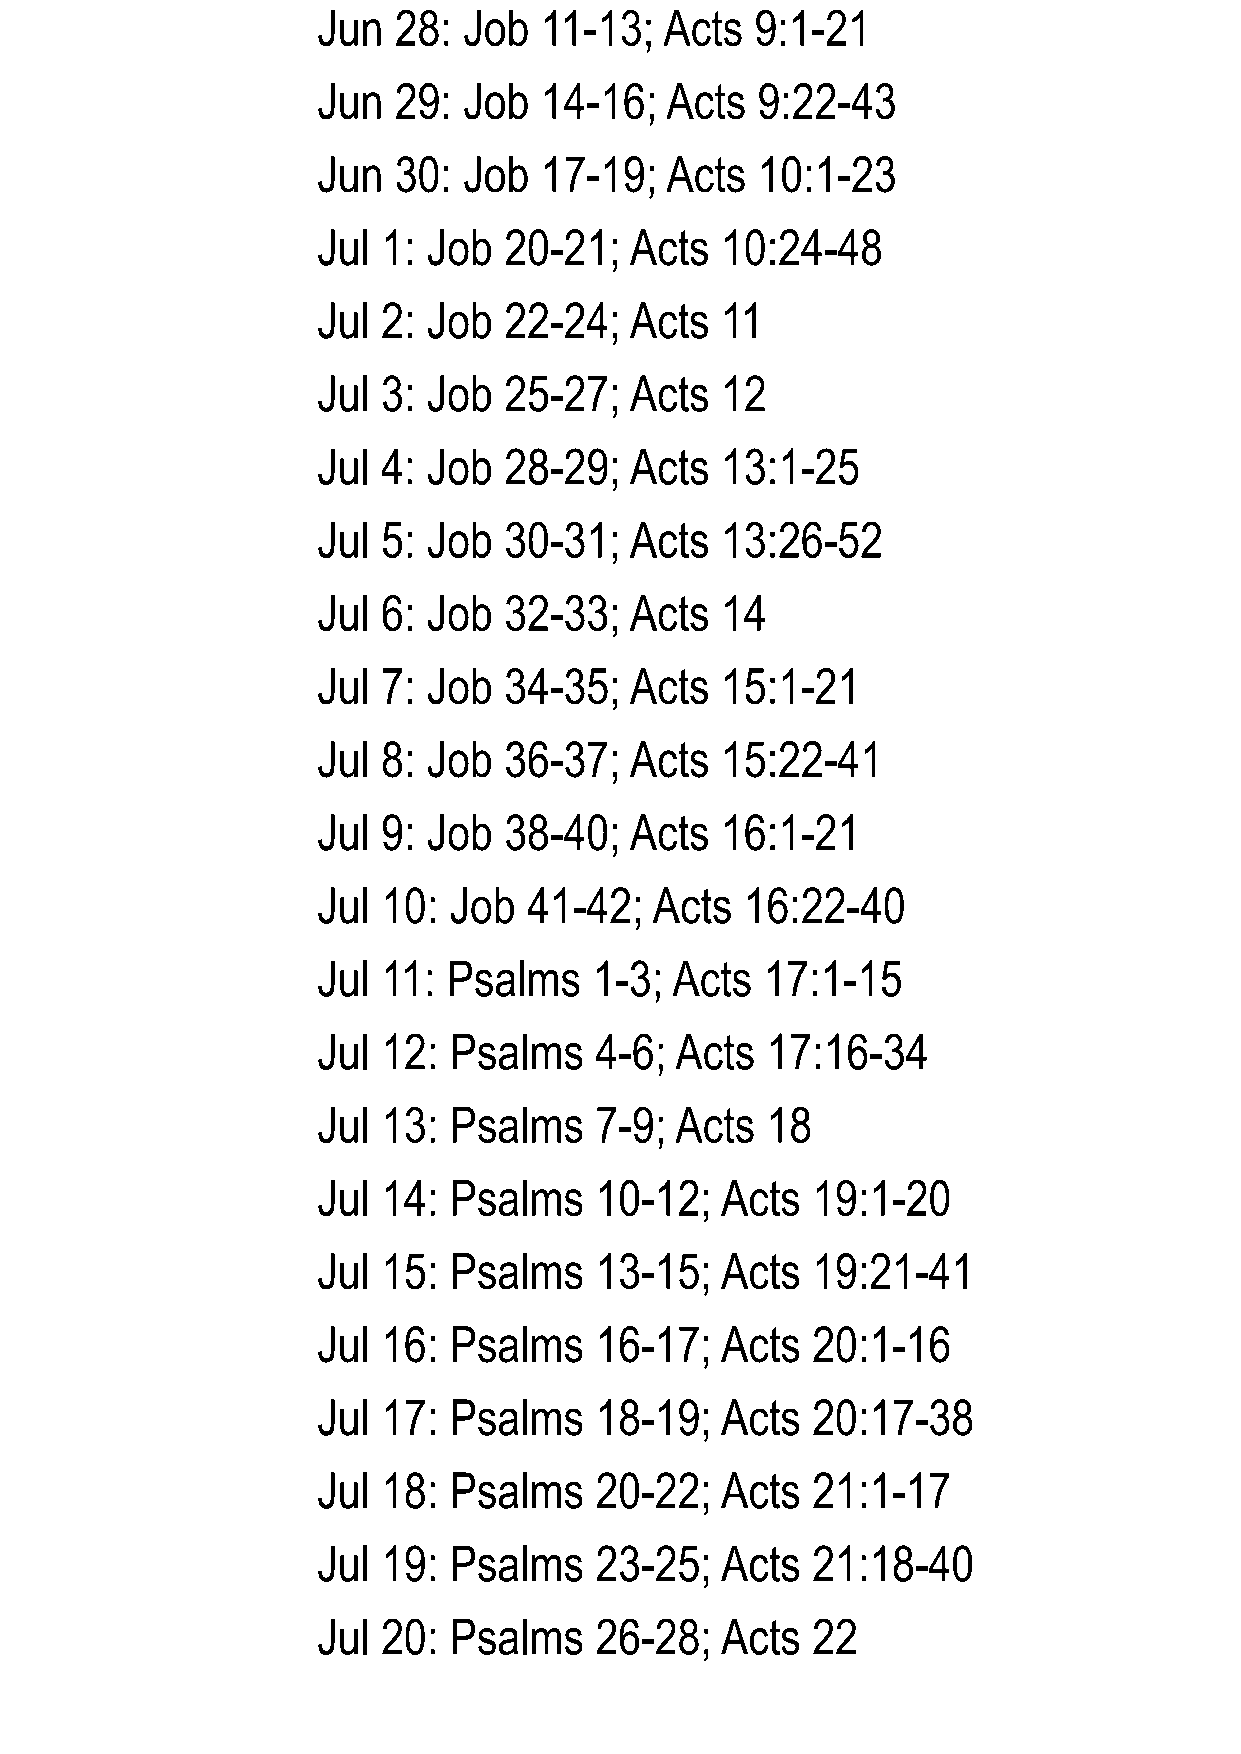
Jun  28:  Job  11-13;  Acts  9:1-21
 Jun  29:  Job  14-16;  Acts  9:22-43
 Jun  30:  Job  17-19;  Acts  10:1-23
 Jul 1: Job  20-21;   Acts  10:24-48
 Jul 2: Job  22-24;   Acts  11
 Jul 3: Job  25-27;   Acts  12
 Jul 4: Job  28-29;   Acts  13:1-25
 Jul 5: Job  30-31;   Acts  13:26-52
 Jul 6: Job  32-33;   Acts  14
 Jul 7: Job  34-35;   Acts  15:1-21
 Jul 8: Job  36-37;   Acts  15:22-41
 Jul 9: Job  38-40;   Acts  16:1-21
 Jul 10:  Job  41-42;  Acts  16:22-40
 Jul 11:  Psalms   1-3; Acts   17:1-15
 Jul 12:  Psalms   4-6;  Acts  17:16-34
 Jul 13:  Psalms   7-9;  Acts  18
 Jul 14:  Psalms   10-12;   Acts  19:1-20
 Jul 15:  Psalms   13-15;   Acts  19:21-41
 Jul 16:  Psalms   16-17;   Acts  20:1-16
 Jul 17:  Psalms   18-19;   Acts  20:17-38
 Jul 18:  Psalms   20-22;   Acts  21:1-17
 Jul 19:  Psalms   23-25;   Acts  21:18-40
 Jul 20:  Psalms   26-28;   Acts  22